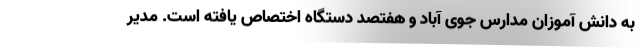
به دانش آموزان مدارس جوی آباد و هفتصد دستگاه اختصاص یافته است. مدیر